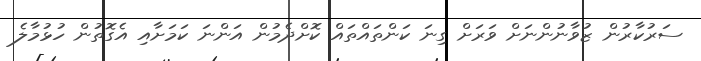
ސަރުކާރުން ޒުވާނުންނަށް ވަރަށް ގިނަ ކަންތައްތައް ކޮށްދެމުން އަންނަ ކަމަށާއި އެގޮތުން ހުޅުމާލެ